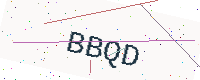
Text: BBQD